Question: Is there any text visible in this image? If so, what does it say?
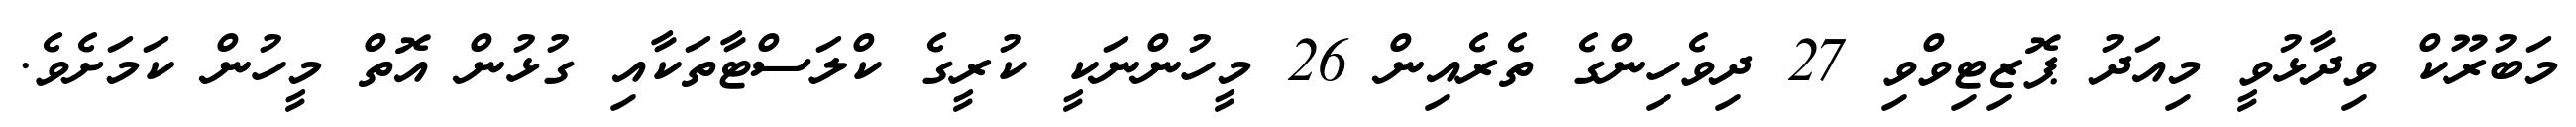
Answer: މަބުރޫކް ވިދާޅުވީ މިއަދު ޕޮޒިޓިވްވި 27 ދިވެހިންގެ ތެރެއިން 26 މީހުންނަކީ ކުރީގެ ކްލަސްޓާތަކާއި ގުޅުން އޮތް މީހުން ކަމަށެވެ.